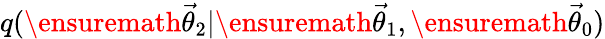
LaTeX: q(\ensuremath{\vec{\theta}}_{2}|\ensuremath{\vec{\theta}}_{1},\ensuremath{\vec{\theta}}_{0})